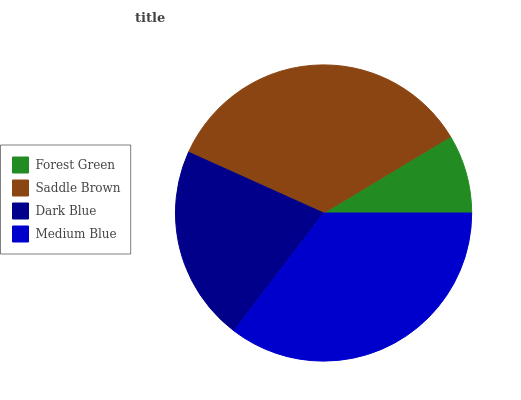
| Forest Green | Saddle Brown | Dark Blue | Medium Blue |
 | --- | --- | --- | --- |
 | 8.63% | 34.7% | 21.3% | 35.3% |